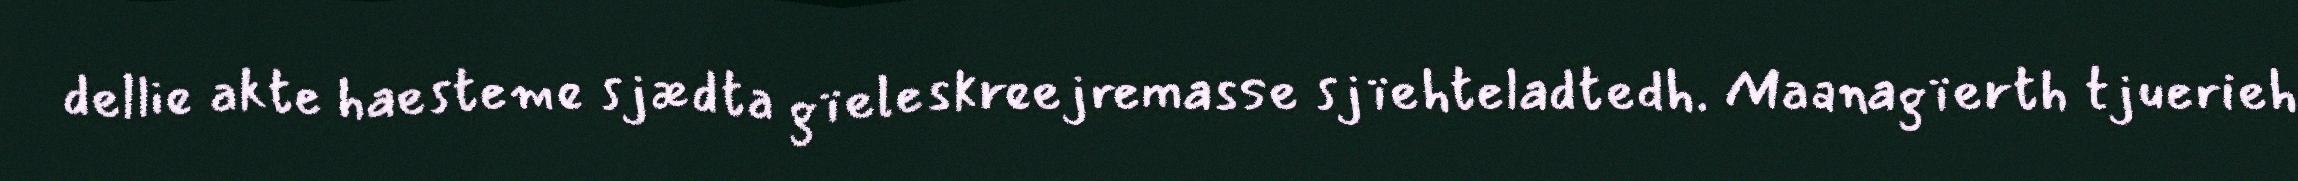
dellie akte haesteme sjædta gïeleskreejremasse sjïehteladtedh. Maanagïerth tjuerieh